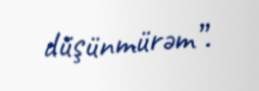
düşünmürəm”.